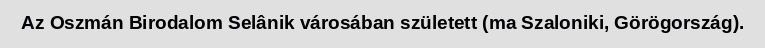
Az Oszmán Birodalom Selânik városában született (ma Szaloniki, Görögország).